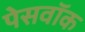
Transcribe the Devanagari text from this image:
पेसवॉक